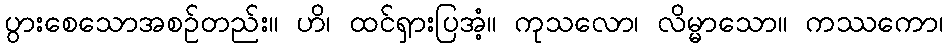
ပွားစေသောအစဉ်တည်း။ ဟိ၊ ထင်ရှားပြအံ့။ ကုသလော၊ လိမ္မာသော။ ကဿကော၊